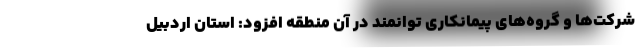
شرکت‌ها و گروه‌های پیمانکاری توانمند در آن منطقه افزود: استان اردبیل